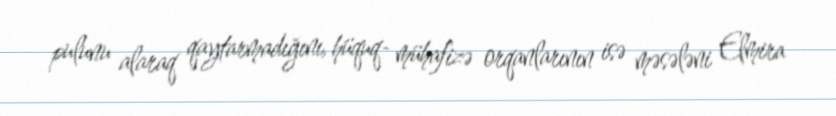
pulunu alaraq qaytarmadığını, hüquq- mühafizə orqanlarının isə məsələni Elmira